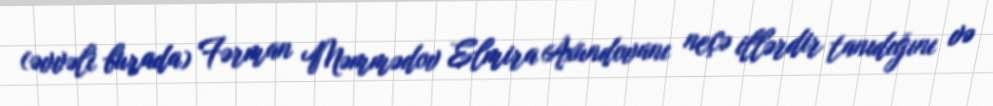
(əvvəli burada) Fərman Məmmədov Elmira Axundovanı neçə illərdir tanıdığını və